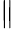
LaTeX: \Vert